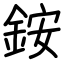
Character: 銨